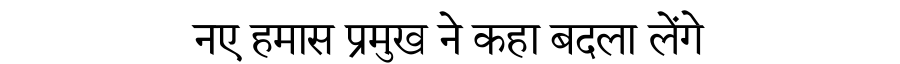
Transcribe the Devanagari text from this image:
नए हमास प्रमुख ने कहा बदला लेंगे